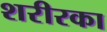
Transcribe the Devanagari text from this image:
शरीरका